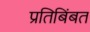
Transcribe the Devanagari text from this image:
प्रतिबिंबत